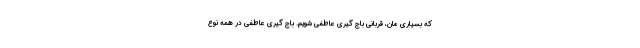
که بسیاری مان، قربانی باج گیری عاطفی شویم. باج گیری عاطفی در همه نوع